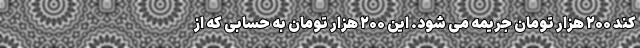
کند ۲۰۰ هزار تومان جریمه می شود. این ۲۰۰ هزار تومان به حسابی که از